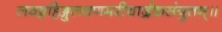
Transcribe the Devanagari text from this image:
लवङ्गहिङ्गुलवणमरीचार्द्रकसंयुतम्॥